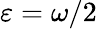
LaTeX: \varepsilon=\omega/2